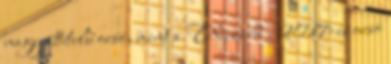
nagy áttételű orsó, mint a Wizard . 2017-es orsó